Indian journal of veterinary science and animal husbandry - Volume 9,
Year: 1939
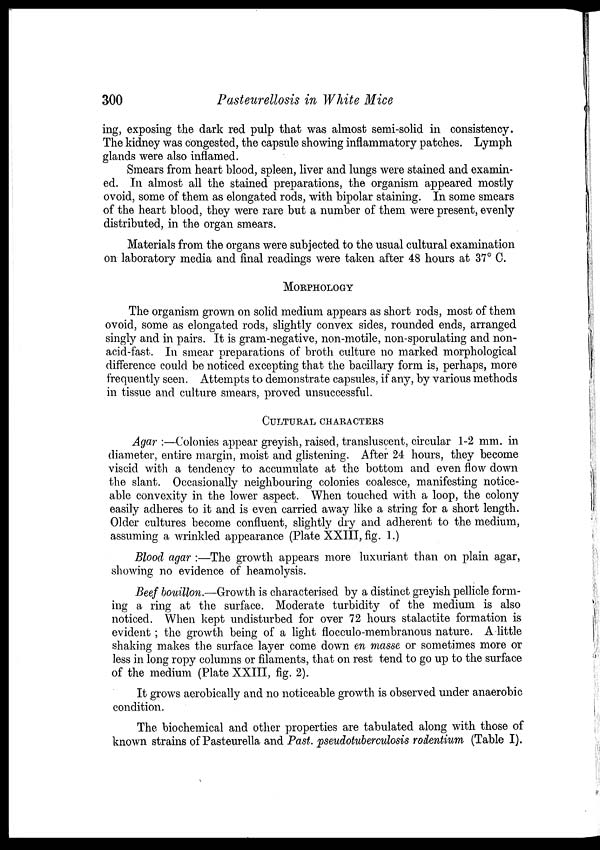
300
Pasteurellosis in White Mice
ing, exposing the dark red pulp that was almost semi-solid in consistency.
The kidney was congested, the capsule showing inflammatory patches. Lymph
glands were also inflamed.
Smears from heart blood, spleen, liver and lungs were stained and examin-
ed. In almost all the stained preparations, the organism appeared mostly
ovoid, some of them as elongated rods, with bipolar staining. In some smears
of the heart blood, they were rare but a number of them were present, evenly
distributed, in the organ smears.
Materials from the organs were subjected to the usual cultural examination
on laboratory media and final readings were taken after 48 hours at 37° C.
MORPHOLOGY
The organism grown on solid medium appears as short rods, most of them
ovoid, some as elongated rods, slightly convex sides, rounded ends, arranged
singly and in pairs. It is gram-negative, non-motile, non-sporulating and non-
acid-fast. In smear preparations of broth culture no marked morphological
difference could be noticed excepting that the bacillary form is, perhaps, more
frequently seen. Attempts to demonstrate capsules, if any, by various methods
in tissue and culture smears, proved unsuccessful.
CULTURAL CHARACTERS
Agar :—Colonies appear greyish, raised, transluscent, circular 1-2 mm. in
diameter, entire margin, moist and glistening. After 24 hours, they become
viscid with a tendency to accumulate at the bottom and even flow down
the slant. Occasionally neighbouring colonies coalesce, manifesting notice-
able convexity in the lower aspect. When touched with a loop, the colony
easily adheres to it and is even carried away like a string for a short length.
Older cultures become confluent, slightly dry and adherent to the medium,
assuming a wrinkled appearance (Plate XXIII, fig. 1.)
Blood agar :—The growth appears more luxuriant than on plain agar,
showing no evidence of heamolysis.
Beef bouillon.—Growth is characterised by a distinct greyish pellicle form-
ing a ring at the surface. Moderate turbidity of the medium is also
noticed. When kept undisturbed for over 72 hours stalactite formation is
evident ; the growth being of a light flocculo-membranous nature. A little
shaking makes the surface layer come down en masse or sometimes more or
less in long ropy columns or filaments, that on rest tend to go up to the surface
of the medium (Plate XXIII, fig. 2).
It grows aerobically and no noticeable growth is observed under anaerobic
condition.
The biochemical and other properties are tabulated along with those of
known strains of Pasteurella and Past. pseudotuberculosis rodentium (Table I).